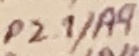
Text: P2.1/A9